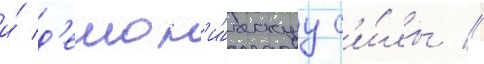
и́ д'емон'и́ческуу с'и́лы //